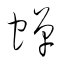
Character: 蝉